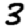
Digit: 3